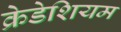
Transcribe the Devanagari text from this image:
क्रेडेशियम